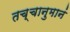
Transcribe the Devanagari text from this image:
तच्चानुमानं